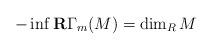
LaTeX: \begin{align*}-\inf {\bf R}\Gamma_m(M)=\dim_RM\end{align*}